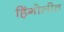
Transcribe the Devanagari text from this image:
हिंगोलीत